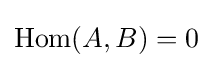
\operatorname {Hom} (A,B)=0